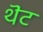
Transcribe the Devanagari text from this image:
थॆट